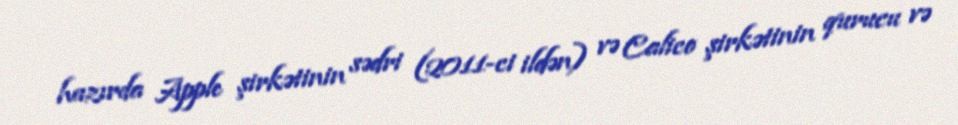
hazırda Apple şirkətinin sədri (2011-ci ildən) və Calico şirkətinin qurucu və